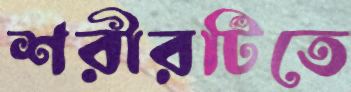
শরীরটিতে